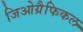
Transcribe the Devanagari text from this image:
जिओग्रैफिकल